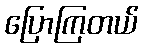
ပြောကြတယ်